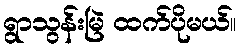
ရွာသွန်းမြဲ ထက်ပိုမယ်။